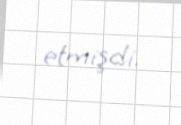
etmişdi.